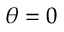
\theta = 0